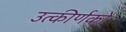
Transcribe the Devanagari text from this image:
उत्‍कीर्णकों